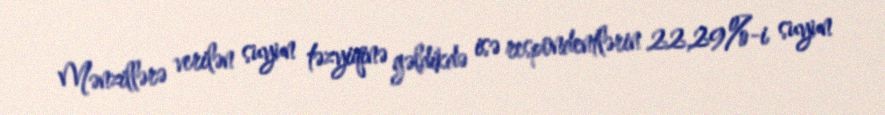
Mənzillərə verilən suyun təzyiqinə gəldikdə isə respondentlərin 22,29%-i suyun